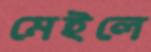
মেইলে